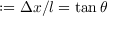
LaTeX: : = \Delta x / l = \tan \theta